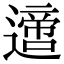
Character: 𨗁